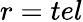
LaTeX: r=tel